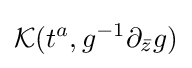
{\mathcal {K}}(t^{a},g^{-1}\partial _{\bar {z}}g)